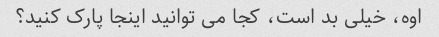
اوه، خیلی بد است، کجا می توانید اینجا پارک کنید؟